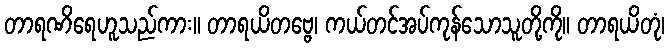
တာရဏိရေဟူသည်ကား။ တာရယိတဗ္ဗေ၊ ကယ်တင်အပ်ကုန်သောသူတို့ကို။ တာရယိတုံ၊